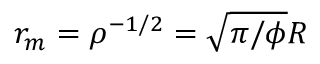
r _ { m } = \rho ^ { - 1 / 2 } = \sqrt { \pi / \phi } R